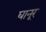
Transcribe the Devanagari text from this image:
घानूर